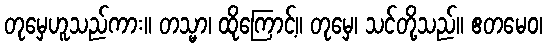
တုမှေဟူသည်ကား။ တသ္မာ၊ ထိုကြောင့်။ တုမှေ၊ သင်တို့သည်။ ဧတမေဝ၊